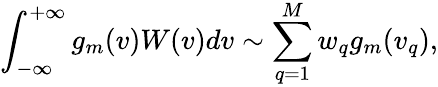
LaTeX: \int_{-\infty}^{+\infty}g_{m}(v)W(v)dv\sim\sum_{q=1}^{M}w_{q}g_{m}(v_{q}),